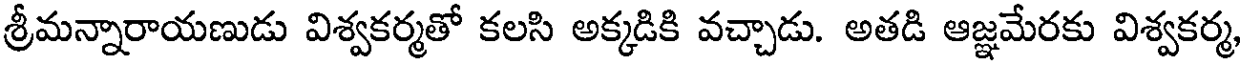
శ్రీమన్నారాయణుడు విశ్వకర్మతో కలసి అక్కడికి వచ్చాడు. అతడి ఆజ్ఞమేరకు విశ్వకర్మ